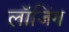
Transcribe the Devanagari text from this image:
लॉजिंग